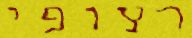
רצופי